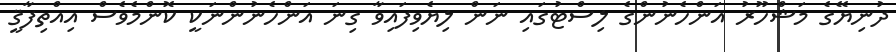
ދުނިޔޭގެ މަޝްހޫރު އަންހެނުންގެ ލިސްޓުގައި ނަން ލިޔެވިފައިވާ ގިނަ އަންހެނުންނަކީ ކޮންމެވެސް އިއްތިފާޤީ